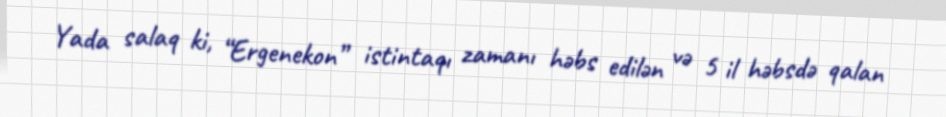
Yada salaq ki, “Ergenekon” istintaqı zamanı həbs edilən və 5 il həbsdə qalan